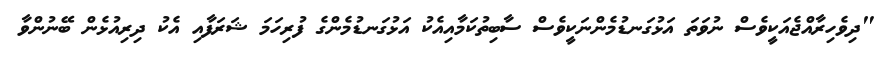
"ދިވެހިރާއްޖެއަކީވެސް ނުވަތަ އަޅުގަނޑުމެންނަކީވެސް ސާބިތުކަމާއިއެކު އަޅުގަނޑުމެންގެ ފުރިހަމަ ޝަރަފާއި އެކު ދިރިއުޅެން ބޭނުންވާ